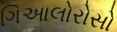
ગિઆલોરોસો